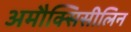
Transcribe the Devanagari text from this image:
अमौक्सिसीलिन